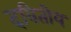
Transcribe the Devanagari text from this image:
दवितीय